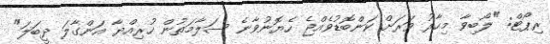
ރިޕޯޓް: "ލޯބިވާ މިހާރު ވަރަށް ކަންބޮޑުވެއްޖެ ހެޔޮނުވާނެ ސަލާމަތުން ހުރިއްޔާ އަންގާލަ ދީބަލަ"